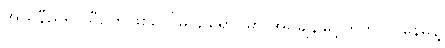
အယ်နီညိုရာသီဥတုဖြစ်ပေါ်မှု၊ ဥရောပမှာ အပူချိန်မြင့်တက်လာနေမှုနဲ့